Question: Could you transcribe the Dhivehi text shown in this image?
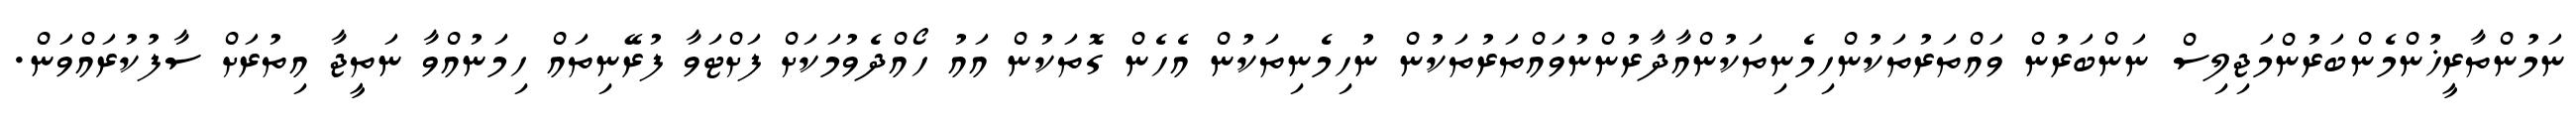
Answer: ނަމުންތާރީޚުންމެންބަރުންމަޖިލިސް ނަންބަރުން ވައްތަރުތަކުންހިމެނިތަކުންއާދާރުންނުވައްތަރުތަކުން ނުހިމެނިތަކުން އެހެން ގޮތަކުން އައު ހޯއްދެވުމަކަށް ފަށްޓަވާ ފުރޭނިތައް ހިމަނުއްވާ ނަތީޖާ އިތުރަށް ސާފުކުރައްވަން.